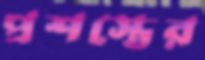
প্রশস্তের